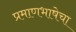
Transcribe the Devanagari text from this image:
प्रमाणभाषेचा